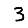
Digit: 3